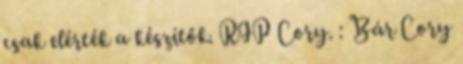
csak elérték a készítők. RIP Cory. : Bár Cory